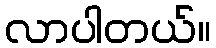
လာပါတယ်။